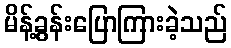
မိန့်ခွန်းပြောကြားခဲ့သည်